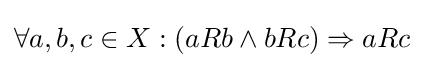
\forall a,b,c\in X:(aRb\wedge bRc)\Rightarrow aRc